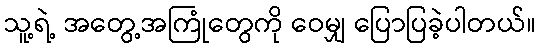
သူ့ရဲ့ အတွေ့အကြုံတွေကို ဝေမျှ ပြောပြခဲ့ပါတယ်။